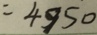
= 4 9 5 0